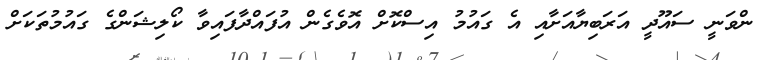
ންވަނީ ސައޫދީ އަރަބިޔާއަށާއި އެ ގައުމު އިސްކޮށް އޮވެގެން އުފައްދާފައިވާ ކޯލިޝަންގެ ގައުމުތަކަށް